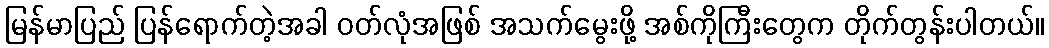
မြန်မာပြည် ပြန်ရောက်တဲ့အခါ ဝတ်လုံအဖြစ် အသက်မွေးဖို့ အစ်ကိုကြီးတွေက တိုက်တွန်းပါတယ်။